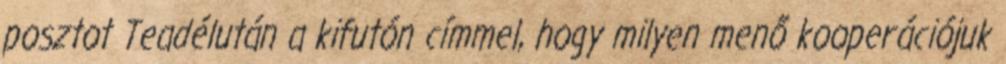
posztot Teadélután a kifutón címmel, hogy milyen menő kooperációjuk